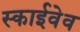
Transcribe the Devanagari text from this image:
स्काईवेव